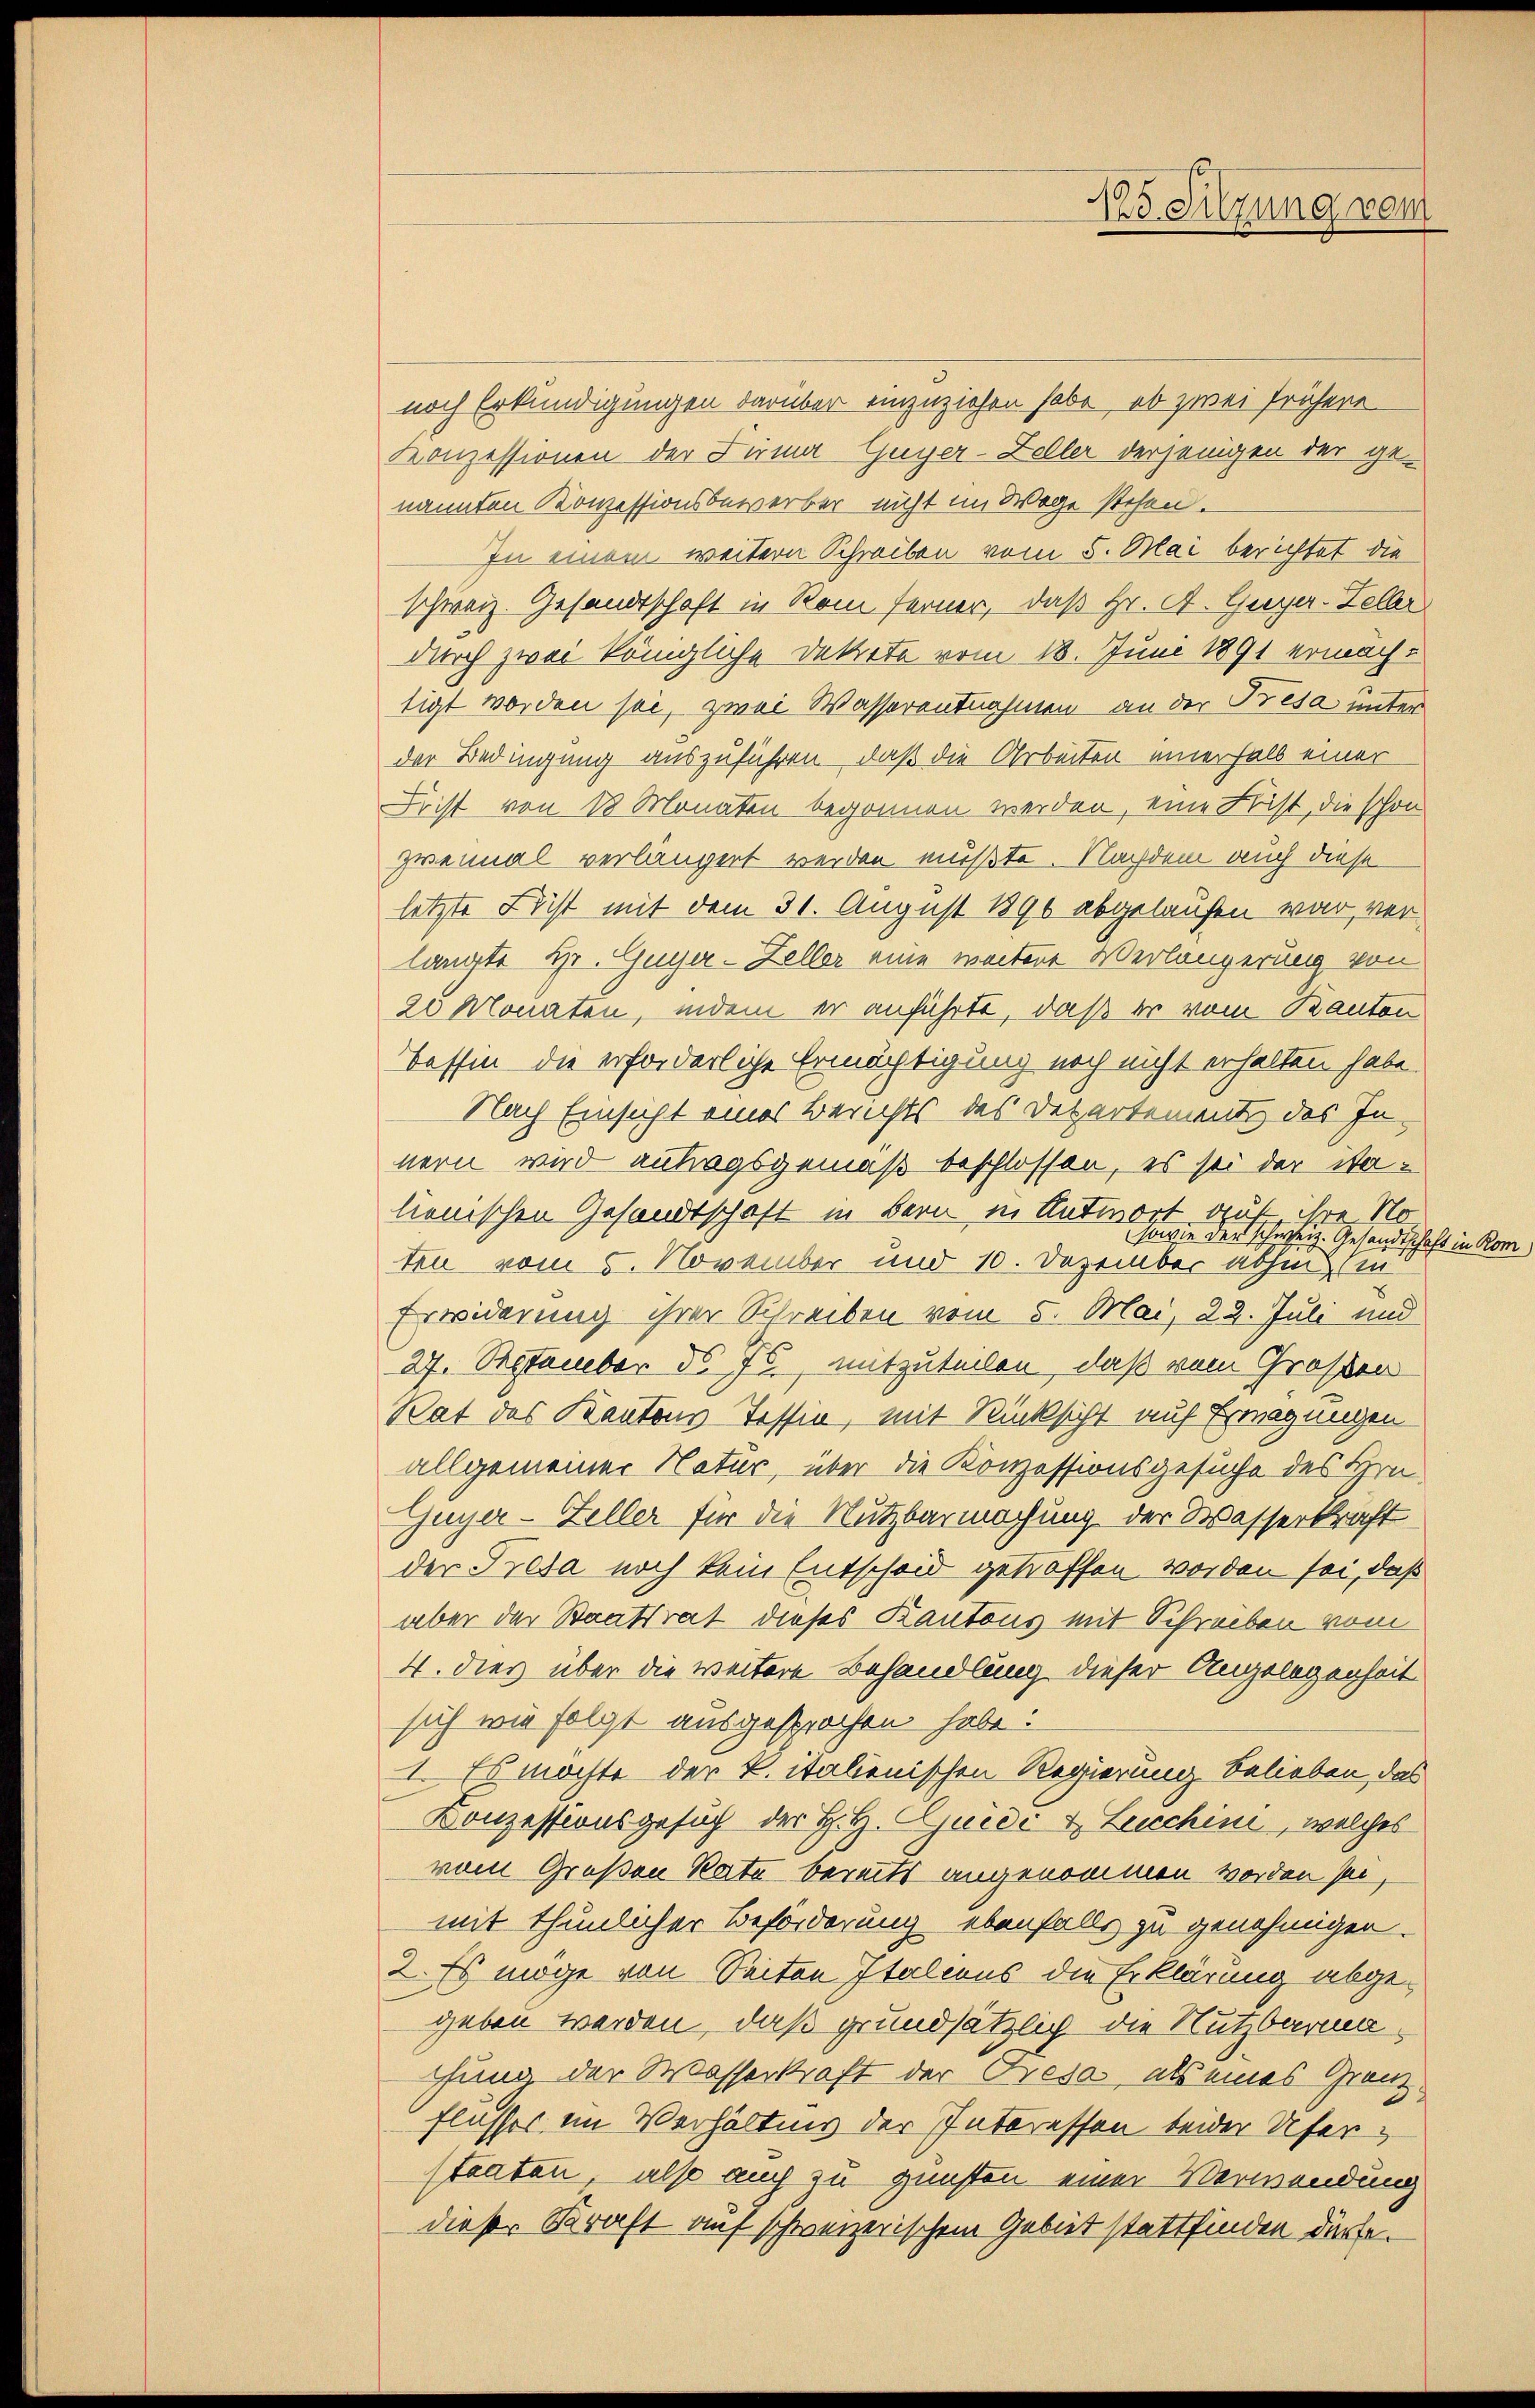
125. Sitzung vom

noch Erkundigungen darüber einzuziehen habe, ob zwei frühere
Konzessionen der Firma Guyer-Zeller derjenigen der ge-
nannten Konzessionsbewerber nicht im Wege stehen.
In einem weitern Schreiben vom 5. Mai berichtet die
schweiz. Gesandtschaft in Rom ferner, daß Hr. A. Guyer-Felber
durch zwei königliche Dekrete vom 18. Juni 1891 ermacht
tigt worden sei, zwei Wasserentnahmen an der Bresa unter
der Bedingung auszuführen, daß die Arbeiten einerhalb einer
Frist von 18 Monaten begonnen werden, eine Leist, die schon
zweimal verlängert werden mußte. Nachdem auch diese
letzte Frist mit dem 31. August 1890 abgelaufen war, verlangte Hr. Guger-Zeller eine weitere Verlängerung von
20 Monaten, indem er anführte, daß er vom Kanton
Tessin die erforderliche Ermächtigung noch nicht erhalten habe.
Nach Einsicht eines Berichts des Departement des In-
nern wird antragsgemäß beschlossen, es sei der Stalienischen Gesandtschaft in Bern in Antwort auf ihre No
sowie der schweiz. Gesandtschaft in Rom
ten vom 5. November und 10. Dezember abhin in
Erwiderung ihrer Schreiben vom 5. Mai, 22. Juli und
27. September d. Js., mitzuteilen, daß vom Großen
Rat des Kantons Tessin, mit Rücksicht auf Erwägungen
allgemeiner Natur, über die Konzessionsgesuche des Hrn
Guyer-Feller für die Nutzbarmachung der Wasserkraft
der Tresa noch kein Entscheid getroffen worden sei, daß
aber der Staatsrat dieses Kantons mit Schreiben vom
4. dies über die weitere Behandlung dieser Angelegenheit
sich wie folgt ausgesprochen habe:
I. Es möchte der k. italienischen Regierung belieben, das
Conzessionsgesuch der H. H. Guidi & Lecchini, welches
vom Großen Rate bereits angenommen worden sei,
mit thunlicher Beförderung ebenfalls zu genehmigen.
2. Es möge von Seiten Italiens die Erklärung abgegeben werden, daß grundsätzlich die Nutzbarmachung der Wasserkraft der Fresa, als eines Granz¬
Flusses im Verhältnis der Interessen beider Uferstaaten, also auch zu gunsten einer Verwendung
dieser Kraft auf schweizerischem Gebiet stattfinden dürfe.